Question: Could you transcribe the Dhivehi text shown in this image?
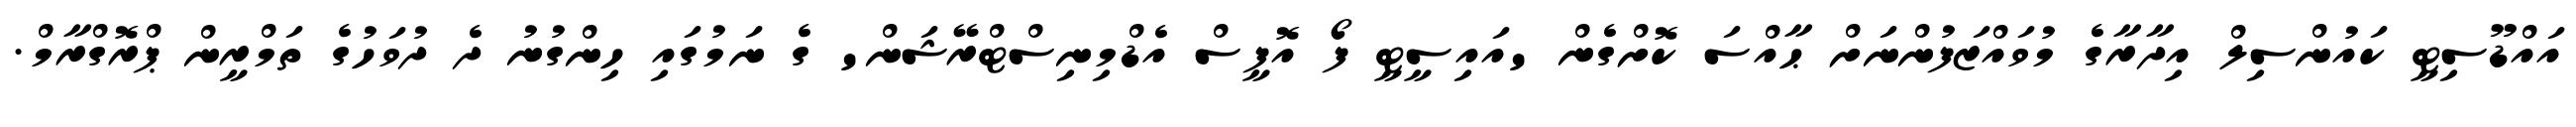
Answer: އައްޑޫސިޓީ ކައުންސިލް އިދާރާގެ މުވައްޒަފުންނަށް ޙާއްސަ ކޮށްގެން 'އައިސީޓީ ފޯ އޮފީސް އެޑްމިނިސްޓްރޭޝަން' ގެ ނަމުގައި ހިންގުނު ދެ ދުވަހުގެ ތަމްރީން ޕްރޮގްރާމް.